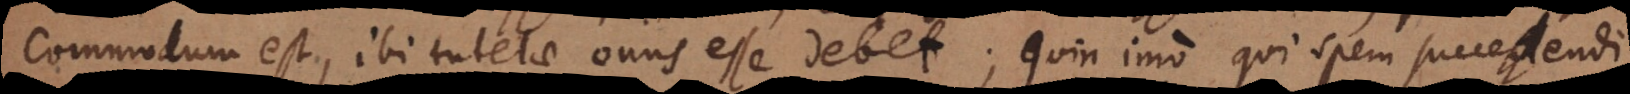
commodum est, ibi tutelae onus esse debet; quin imo qui spem succedendi